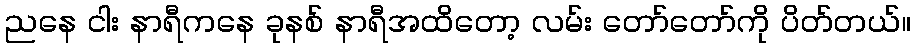
ညနေ ငါး နာရီကနေ ခုနစ် နာရီအထိတော့ လမ်း တော်တော်ကို ပိတ်တယ်။